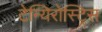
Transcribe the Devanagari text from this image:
टेन्यिरोस्ट्रिस